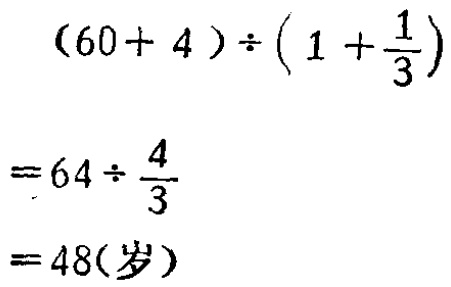
\[

\begin{align*}

&(60 + 4)\div(1+\frac{1}{3})\\

=&64\div\frac{4}{3}\\

=&48(\text{岁})

\end{align*}

\]